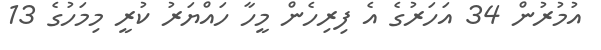
އުމުރުން 34 އަހަރުގެ އެ ފިރިހެން މީހާ ހައްޔަރު ކުރީ މިމަހުގެ 13